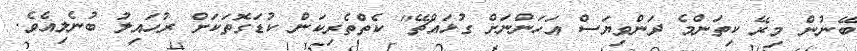
ބޭނުން މިރޭ ކިތަންމެ ދަންވިޔަސް އަހަންނަށް ގުޅައްޗޭ" ކެތްތެރިކަން ކުޑަގޮތަކަށް ރުހައިލު ބުނެލިއެވެ.